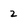
Character: 2